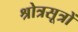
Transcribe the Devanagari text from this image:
श्रोत्रसूत्रों